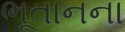
ભૂતાનના